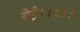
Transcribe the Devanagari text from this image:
येई।।५।।